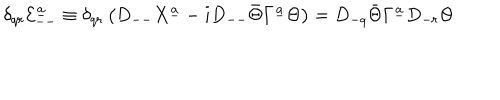
\delta _ { q r } { \cal E } _ { -- } ^ { \underline { { a } } } \equiv \delta _ { q r } \left( D _ { -- } X ^ { \underline { { a } } } - i D _ { -- } \bar { \Theta } \Gamma ^ { \underline { { a } } } \Theta \right) = D _ { - q } \bar { \Theta } \Gamma ^ { \underline { { a } } } D _ { - r } \Theta